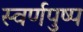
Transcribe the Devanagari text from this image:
स्वर्णपुष्प